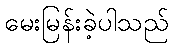
မေးမြန်းခဲ့ပါသည်